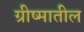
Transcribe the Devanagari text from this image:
ग्रीष्मातील